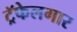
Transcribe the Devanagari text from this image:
ट्रॅफेलगार